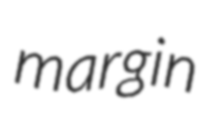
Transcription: margin